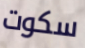
سكوت